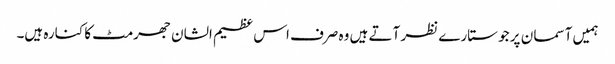
ہمیں آسما ن پر جو ستارے نظر آتے ہیں وہ صرف اس عظیم الشان جھرمٹ کا کنارہ ہیں۔